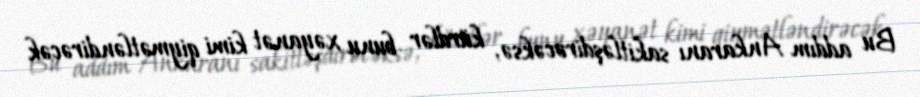
Bu addım Ankaranı sakitləşdirəcəksə, kürdlər bunu xəyanət kimi qiymətləndirəcək